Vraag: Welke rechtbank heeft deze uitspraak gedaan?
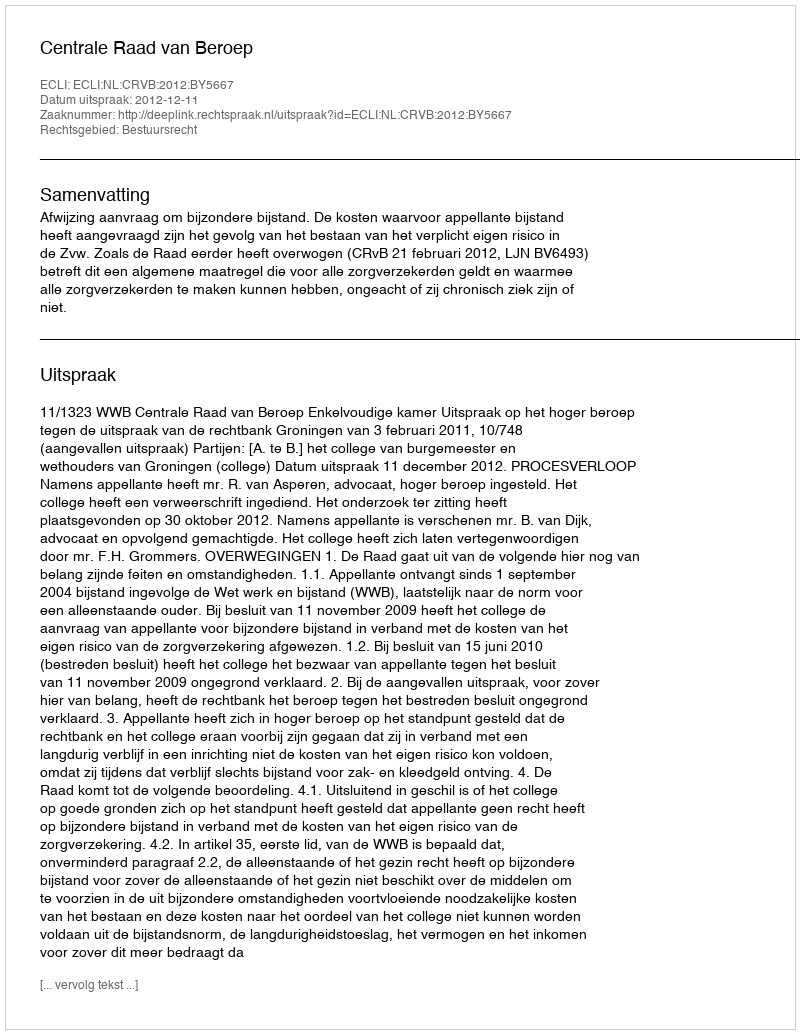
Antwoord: Centrale Raad van Beroep